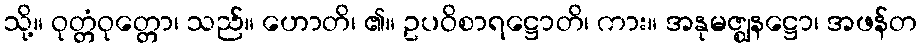
သို့။ ဝုတ္တံဝုတ္တော၊ သည်။ ဟောတိ၊ ၏။ ဥပဝိစာရဋ္ဌောတိ၊ ကား။ အနုမဇ္ဈနဋ္ဌော၊ အဖန်တ